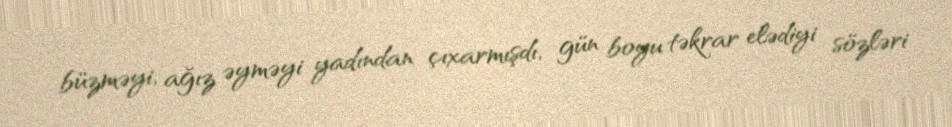
büzməyi, ağız əyməyi yadından çıxarmışdı, gün boyu təkrar elədiyi sözləri